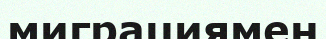
миграциямен